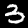
Label: 3